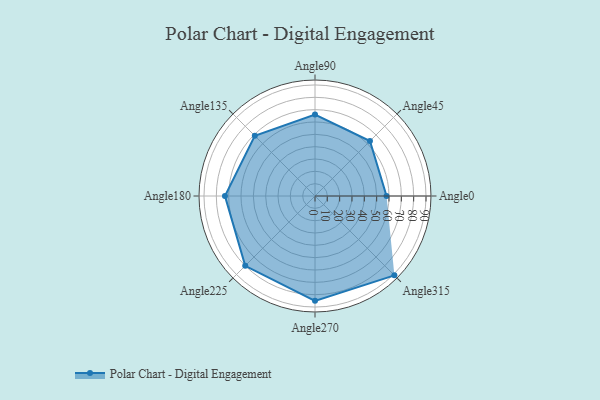
{"axis": {"x": "Angle", "y": "Radius"}, "legend": [""], "data": [{"x": "Angle0", "y": 58.0, "type": ""}, {"x": "Angle45", "y": 63.0, "type": ""}, {"x": "Angle90", "y": 66.0, "type": ""}, {"x": "Angle135", "y": 69.0, "type": ""}, {"x": "Angle180", "y": 73.0, "type": ""}, {"x": "Angle225", "y": 80.0, "type": ""}, {"x": "Angle270", "y": 85.0, "type": ""}, {"x": "Angle315", "y": 91.0, "type": ""}]}